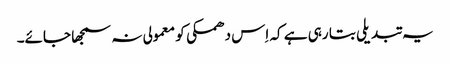
یہ تبدیلی بتا رہی ہے کہ اِس دھمکی کو معمولی نہ سمجھا جائے۔